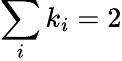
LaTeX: \sum_{i}k_{i}=2